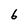
Character: 6